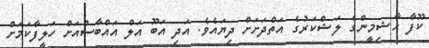
ކޫފާ ހާޝިމީންގެ ލަޝްކަރުގެ އަތްދަށަށް ދިޔައެވެ. އަދި އަބޫ އަލް އައްބާސްއަށް ހަލީފާކަމަށް